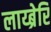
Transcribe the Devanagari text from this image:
लाय्ब्रेरि